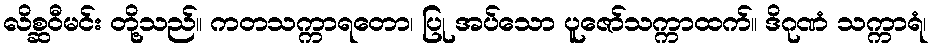
လိစ္ဆဝီမင်း တို့သည်။ ကတသက္ကာရတော၊ ပြု အပ်သော ပူဇော်သက္ကာထက်။ ဒိဂုဏံ သက္ကာရံ၊